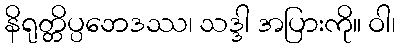
နိရုတ္တိပ္ပဘေဒဿ၊ သဒ္ဒါ အပြားကို။ ဝါ၊